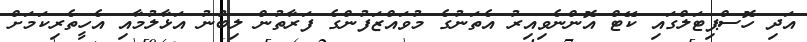
އަދި ހޮސްޕިޓަލްގައި ކޭޓް އޮންނެވިއިރު އެތަނުގެ މުވައްޒަފުންގެ ފަރާތުން ލިބުނު އަޅާލުމާއި އެހީތެރިކަމަށް